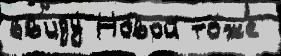
вв'иду́ Но́вой то́же